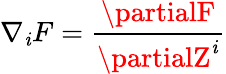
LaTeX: \nabla_{\mathit{i}}F={\frac{{\partialF}}{{\partialZ^{\mathit{i}}}}}